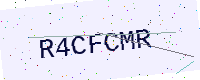
Text: R4CFCMR